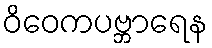
ဝိဝေကပဗ္ဘာရေန